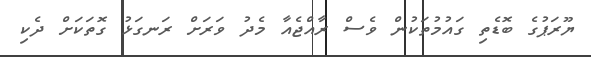
ޔޫރަޕުގެ ބޮޑެތި ގައުމުތަކުން ވެސް ރާއްޖެއާ މެދު ވަރަށް ރަނގަޅު ގޮތަކަށް ދެކި